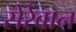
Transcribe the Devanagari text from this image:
सेरेंबान